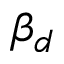
\beta _ { d }